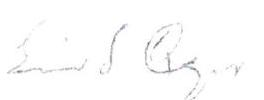
Eino S. Repo